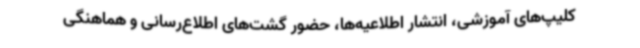
کلیپ‌های آموزشی، انتشار اطلاعیه‌ها، حضور گشت‌های اطلاع‌رسانی و هماهنگی